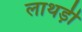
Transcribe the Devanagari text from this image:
लाथड़ी